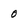
Character: 0